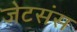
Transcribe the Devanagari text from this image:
जेटसंस